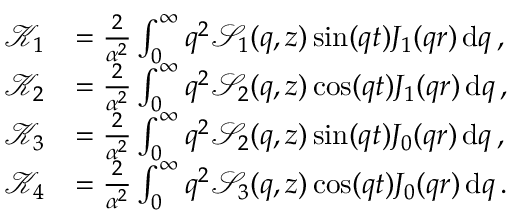
\begin{array} { r l } { \mathcal { K } _ { 1 } } & { = \frac { 2 } { \alpha ^ { 2 } } \int _ { 0 } ^ { \infty } q ^ { 2 } \mathcal { S } _ { 1 } ( q , z ) \sin ( q t ) J _ { 1 } ( q r ) \, \mathrm { d } q \, , } \\ { \mathcal { K } _ { 2 } } & { = \frac { 2 } { \alpha ^ { 2 } } \int _ { 0 } ^ { \infty } q ^ { 2 } \mathcal { S } _ { 2 } ( q , z ) \cos ( q t ) J _ { 1 } ( q r ) \, \mathrm { d } q \, , } \\ { \mathcal { K } _ { 3 } } & { = \frac { 2 } { \alpha ^ { 2 } } \int _ { 0 } ^ { \infty } q ^ { 2 } \mathcal { S } _ { 2 } ( q , z ) \sin ( q t ) J _ { 0 } ( q r ) \, \mathrm { d } q \, , } \\ { \mathcal { K } _ { 4 } } & { = \frac { 2 } { \alpha ^ { 2 } } \int _ { 0 } ^ { \infty } q ^ { 2 } \mathcal { S } _ { 3 } ( q , z ) \cos ( q t ) J _ { 0 } ( q r ) \, \mathrm { d } q \, . } \end{array}